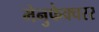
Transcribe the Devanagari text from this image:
मेनुफेक्चरर